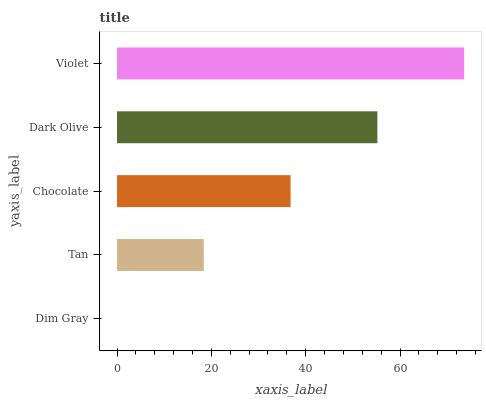
| yaxis_label | bars |
 | --- | --- |
 | Dim Gray | 0 |
 | Tan | 18.4 |
 | Chocolate | 36.8 |
 | Dark Olive | 55.2 |
 | Violet | 73.6 |